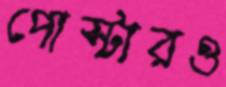
পোস্টারও